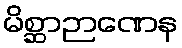
မိစ္ဆာဉာဏေန